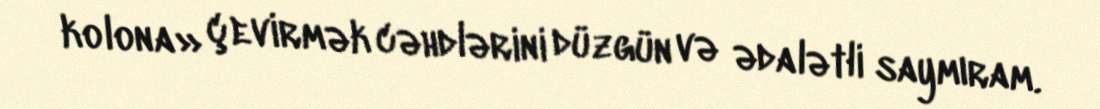
kolona» çevirmək cəhdlərini düzgün və ədalətli saymıram.